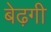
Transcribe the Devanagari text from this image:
बेढ़गी